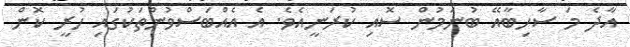
އާދެ މަ ސާހިބާއޭ ބުނަމުން ސޮއި ކުރަނީއެވެ. އެ އެއްބަސްވުންތަކުގައި ހުރީ ކޮން